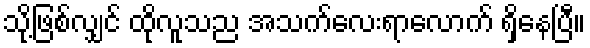
သို့ဖြစ်လျှင် ထိုလူသည အသက်လေးရာလောက် ရှိနေပြီ။